Source: Handwritten
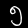
Digit: ၅ (5)